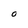
Character: O